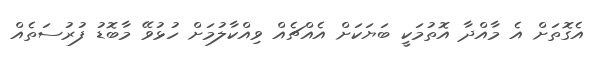
އެގޮތަށް އެ މާއްދާ އޮތުމަކީ ބަޔަކަށް އެއްޗެއް ވިއްކާލުމަށް ހުޅުވޭ މާބޮޑު ފުރުސަތެއް